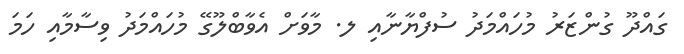
ގައްދޫ ގުންޒަރު މުހައްމަދު ސުފްޔާނާއި ލ. މާވަށް އެވާބްލޫގޭ މުހައްމަދު ވިސާމާއި ހަމަ